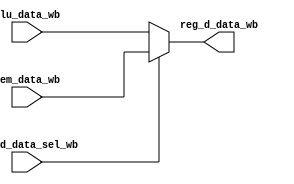
/*
 * Copyright (c) 2015 Brett Witherspoon
 */

`timescale 1ns / 1ps

module write #(
    parameter ADDR_WIDTH = 5,
    parameter DATA_WIDTH = 32
)(
    // mem -> wb
    input  [DATA_WIDTH-1:0] alu_data_wb,
    input  [DATA_WIDTH-1:0] mem_data_wb,
    input                   reg_d_data_sel_wb,
    // wb -> reg
    output [DATA_WIDTH-1:0] reg_d_data_wb
);

    assign reg_d_data_wb = reg_d_data_sel_wb ? mem_data_wb : alu_data_wb;

endmodule